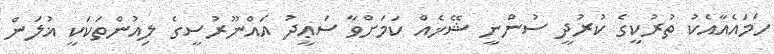
ހަމައެއާއެކު ތުރުކީގެ ކުރުދީ ސުންނީ ޝޭޚެއް ކަމަށްވާ ސަޢީދު އައްނޫރުސީގެ ލިއުންތަކަކީ ޣުލަން